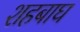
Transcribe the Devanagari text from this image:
शहबाघ